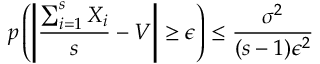
p \left( \left| \frac { \sum _ { i = 1 } ^ { s } X _ { i } } { s } - V \right| \geq \epsilon \right) \leq \frac { \sigma ^ { 2 } } { ( s - 1 ) \epsilon ^ { 2 } }